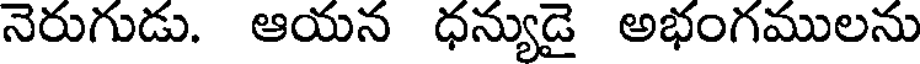
నెరుగుడు. ఆయన ధన్యుడై అభంగములను